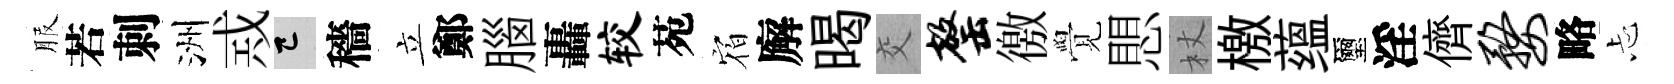
服若刺洲𢦶巳穡立鄭腦轟较苑𪧐廨暍交罄徼覺愳杖檄蕴璽淫儕婺略忐